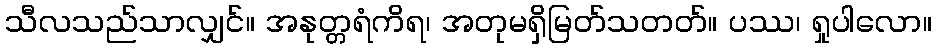
သီလသည်သာလျှင်။ အနုတ္တရံကိရ၊ အတုမရှိမြတ်သတတ်။ ပဿ၊ ရှုပါလော။